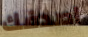
اصدقك